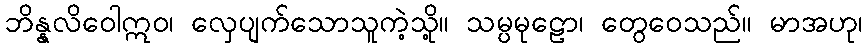
ဘိန္နလိဝေါဣဝ၊ လှေပျက်သောသူကဲ့သို့။ သမ္ပမုဠော၊ တွေဝေသည်။ မာအဟု၊